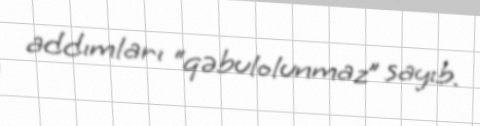
addımları “qəbulolunmaz” sayıb.